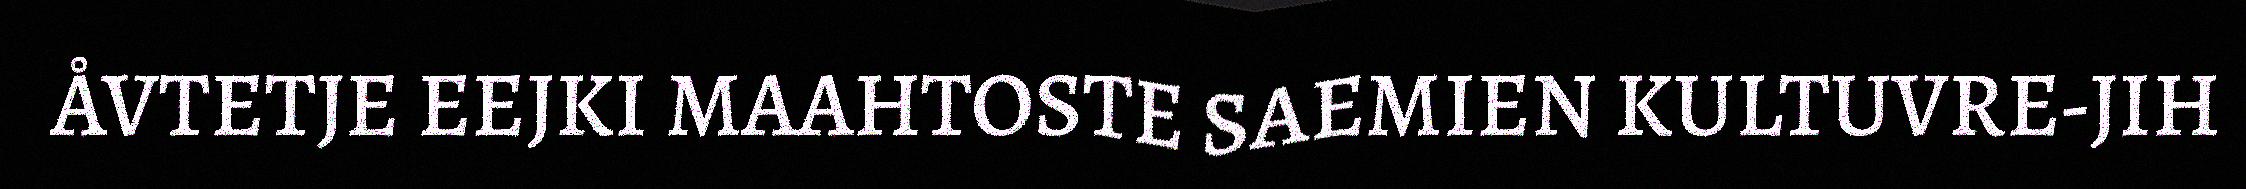
ÅVTETJE EEJKI MAAHTOSTE SAEMIEN KULTUVRE-JIH